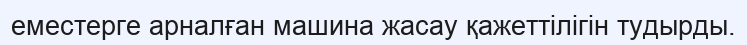
еместерге арналған машина жасау қажеттілігін тудырды.